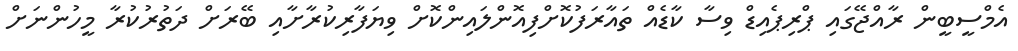
އެމްސީބީން ރާއްޖޭގައި ޕްރިޕެއިޑް ވިސާ ކާޑެއް ތައާރަފުކޮށްފިއޮންލައިންކޮށް ވިޔަފާރިކުރާށާއި ބޭރަށް ދަތުރުކުރާ މީހުންނަށް